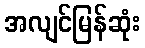
အလျင်မြန်ဆုံး